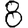
Digit: 8